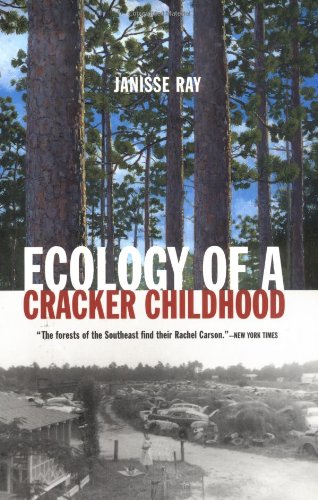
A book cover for Ecology of a Cracker Childhood (The World As Home); Janisse Ray; Science & Math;